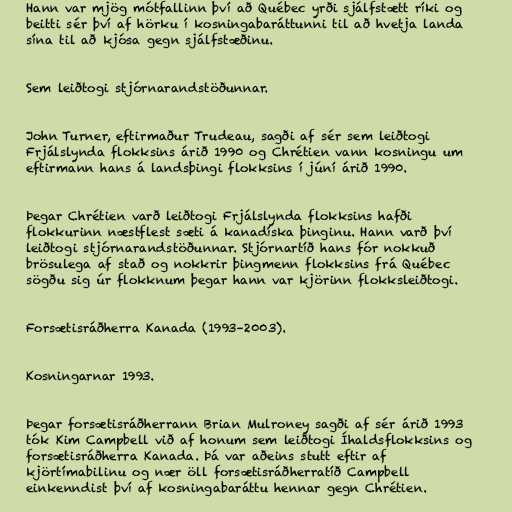
Hann var mjög mótfallinn því að Québec yrði sjálfstætt ríki og
beitti sér því af hörku í kosningabaráttunni til að hvetja landa
sína til að kjósa gegn sjálfstæðinu.

Sem leiðtogi stjórnarandstöðunnar.

John Turner, eftirmaður Trudeau, sagði af sér sem leiðtogi
Frjálslynda flokksins árið 1990 og Chrétien vann kosningu um
eftirmann hans á landsþingi flokksins í júní árið 1990.

Þegar Chrétien varð leiðtogi Frjálslynda flokksins hafði
flokkurinn næstflest sæti á kanadíska þinginu. Hann varð því
leiðtogi stjórnarandstöðunnar. Stjórnartíð hans fór nokkuð
brösulega af stað og nokkrir þingmenn flokksins frá Québec
sögðu sig úr flokknum þegar hann var kjörinn flokksleiðtogi.

Forsætisráðherra Kanada (1993–2003).

Kosningarnar 1993.

Þegar forsætisráðherrann Brian Mulroney sagði af sér árið 1993
tók Kim Campbell við af honum sem leiðtogi Íhaldsflokksins og
forsætisráðherra Kanada. Þá var aðeins stutt eftir af
kjörtímabilinu og nær öll forsætisráðherratíð Campbell
einkenndist því af kosningabaráttu hennar gegn Chrétien.